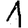
Digit: 1